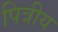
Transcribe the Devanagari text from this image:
पित्रीय